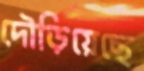
দৌড়িয়েছে